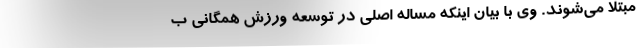
مبتلا می‌شوند. وی با بیان اینکه مساله اصلی در توسعه ورزش همگانی ب